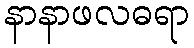
နာနာဖလဓရာ